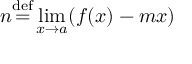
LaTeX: n { \stackrel { \mathrm { d e f } } { = } } \operatorname* { l i m } _ { x \rightarrow a } ( f ( x ) - m x )